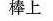
棒上